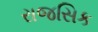
રાજસિક